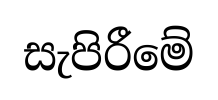
සැපිරීමේ